Civil Veterinary Department Bihar reports 1936-40 - 1936-1940
Year: 1936
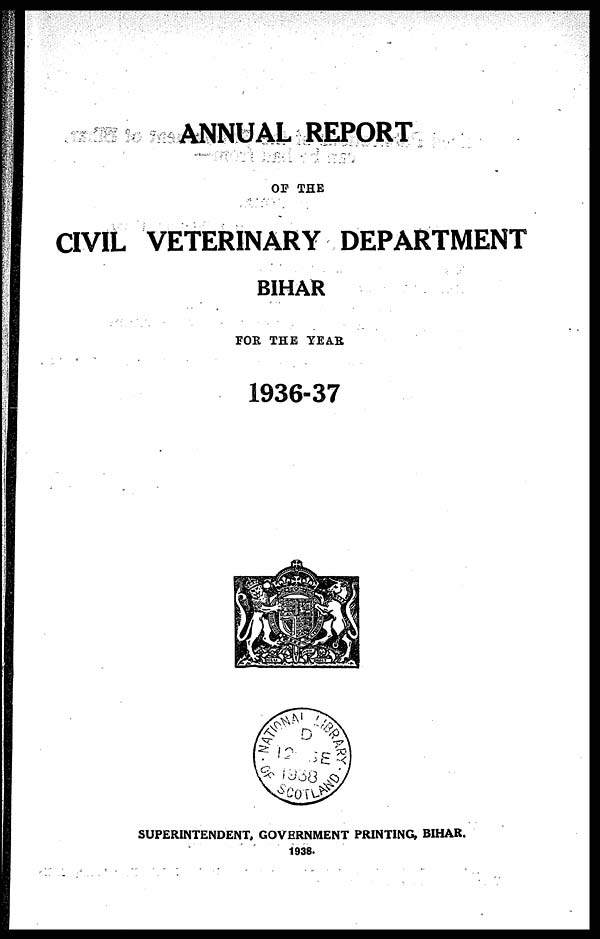
ANNUAL REPORT
OF THE
CIVIL VETERINARY DEPARTMENT
BIHAR
For The Year
1936-37
SUPERINTENDENT, GOVERNMENT PRINTING, BIHAR.
1938. [Price—Rs. 1-3-0.]